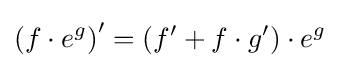
\left(f\cdot e^{g}\right)^{\prime }=\left(f^{\prime }+f\cdot g^{\prime }\right)\cdot e^{g}